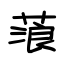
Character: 蒗